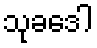
သုခဒေါ